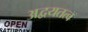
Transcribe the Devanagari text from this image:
अद्वयतत्व